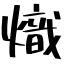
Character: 熾